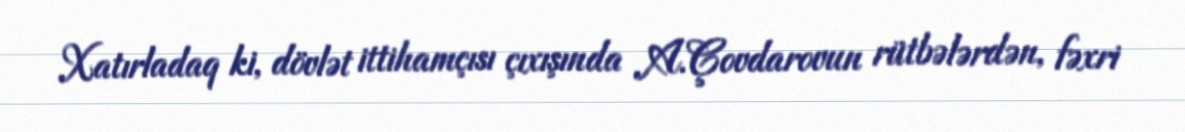
Xatırladaq ki, dövlət ittihamçısı çıxışında A.Çovdarovun rütbələrdən, fəxri